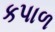
કપાળ